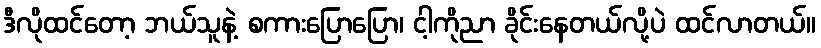
ဒီလိုထင်တော့ ဘယ်သူနဲ့ စကားပြောပြော၊ ငါ့ကိုညာ ခိုင်းနေတယ်လို့ပဲ ထင်လာတယ်။